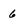
Character: 6